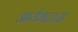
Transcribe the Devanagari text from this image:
आर्यभटाचा